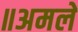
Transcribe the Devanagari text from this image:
॥अमले